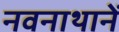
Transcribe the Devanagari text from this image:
नवनाथानें